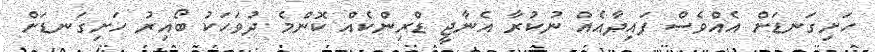
ހަށިގަނޑަށް އެއްވެސް ފައިދާއެއް ނުކުރާ އެނާޖީ ޑްރިންކެއް ކޮންމެ ދުވަހަކު ބޯއިރު ހަށިގަނޑަށް